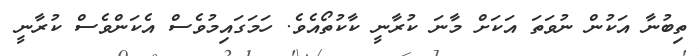
ތިބުނާ އަކުން ނުވަތަ އަކަށް މާނަ ކުރާނީ ކާކުތޯއެވެ. ހަމަގައިމުވެސް އެކަންވެސް ކުރާނީ